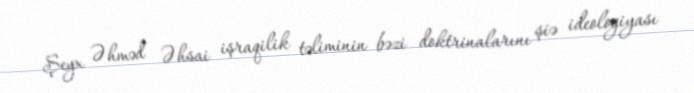
Şeyx Əhməd Əhsai işraqilik təliminin bəzi doktrinalarını şiə ideologiyası